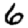
Digit: 6